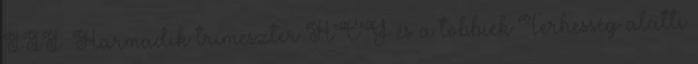
III. Harmadik trimeszter HCG és a többiek Terhesség alatti